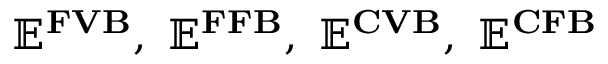
\mathbf { \mathbb { E } ^ { F V B } } , ~ \mathbf { \mathbb { E } ^ { F F B } } , ~ \mathbf { \mathbb { E } ^ { C V B } } , ~ \mathbf { \mathbb { E } ^ { C F B } }